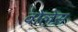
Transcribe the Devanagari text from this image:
वोलेस